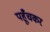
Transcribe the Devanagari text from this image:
पहूँचकर